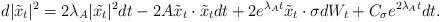
\begin{align*} d|\tilde{x}_t|^2 = 2\lambda_A |\tilde{x_t}|^2 dt - 2 A\tilde{x}_t \cdot \tilde{x}_t dt + 2 e^{\lambda_A t} \tilde{x}_t \cdot \sigma dW_t + C_\sigma e^{2\lambda_A t} dt.\end{align*}